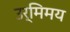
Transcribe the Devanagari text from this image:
उर्मिमय